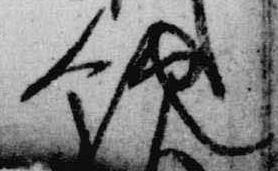
飲